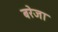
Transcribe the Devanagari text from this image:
बरेजा